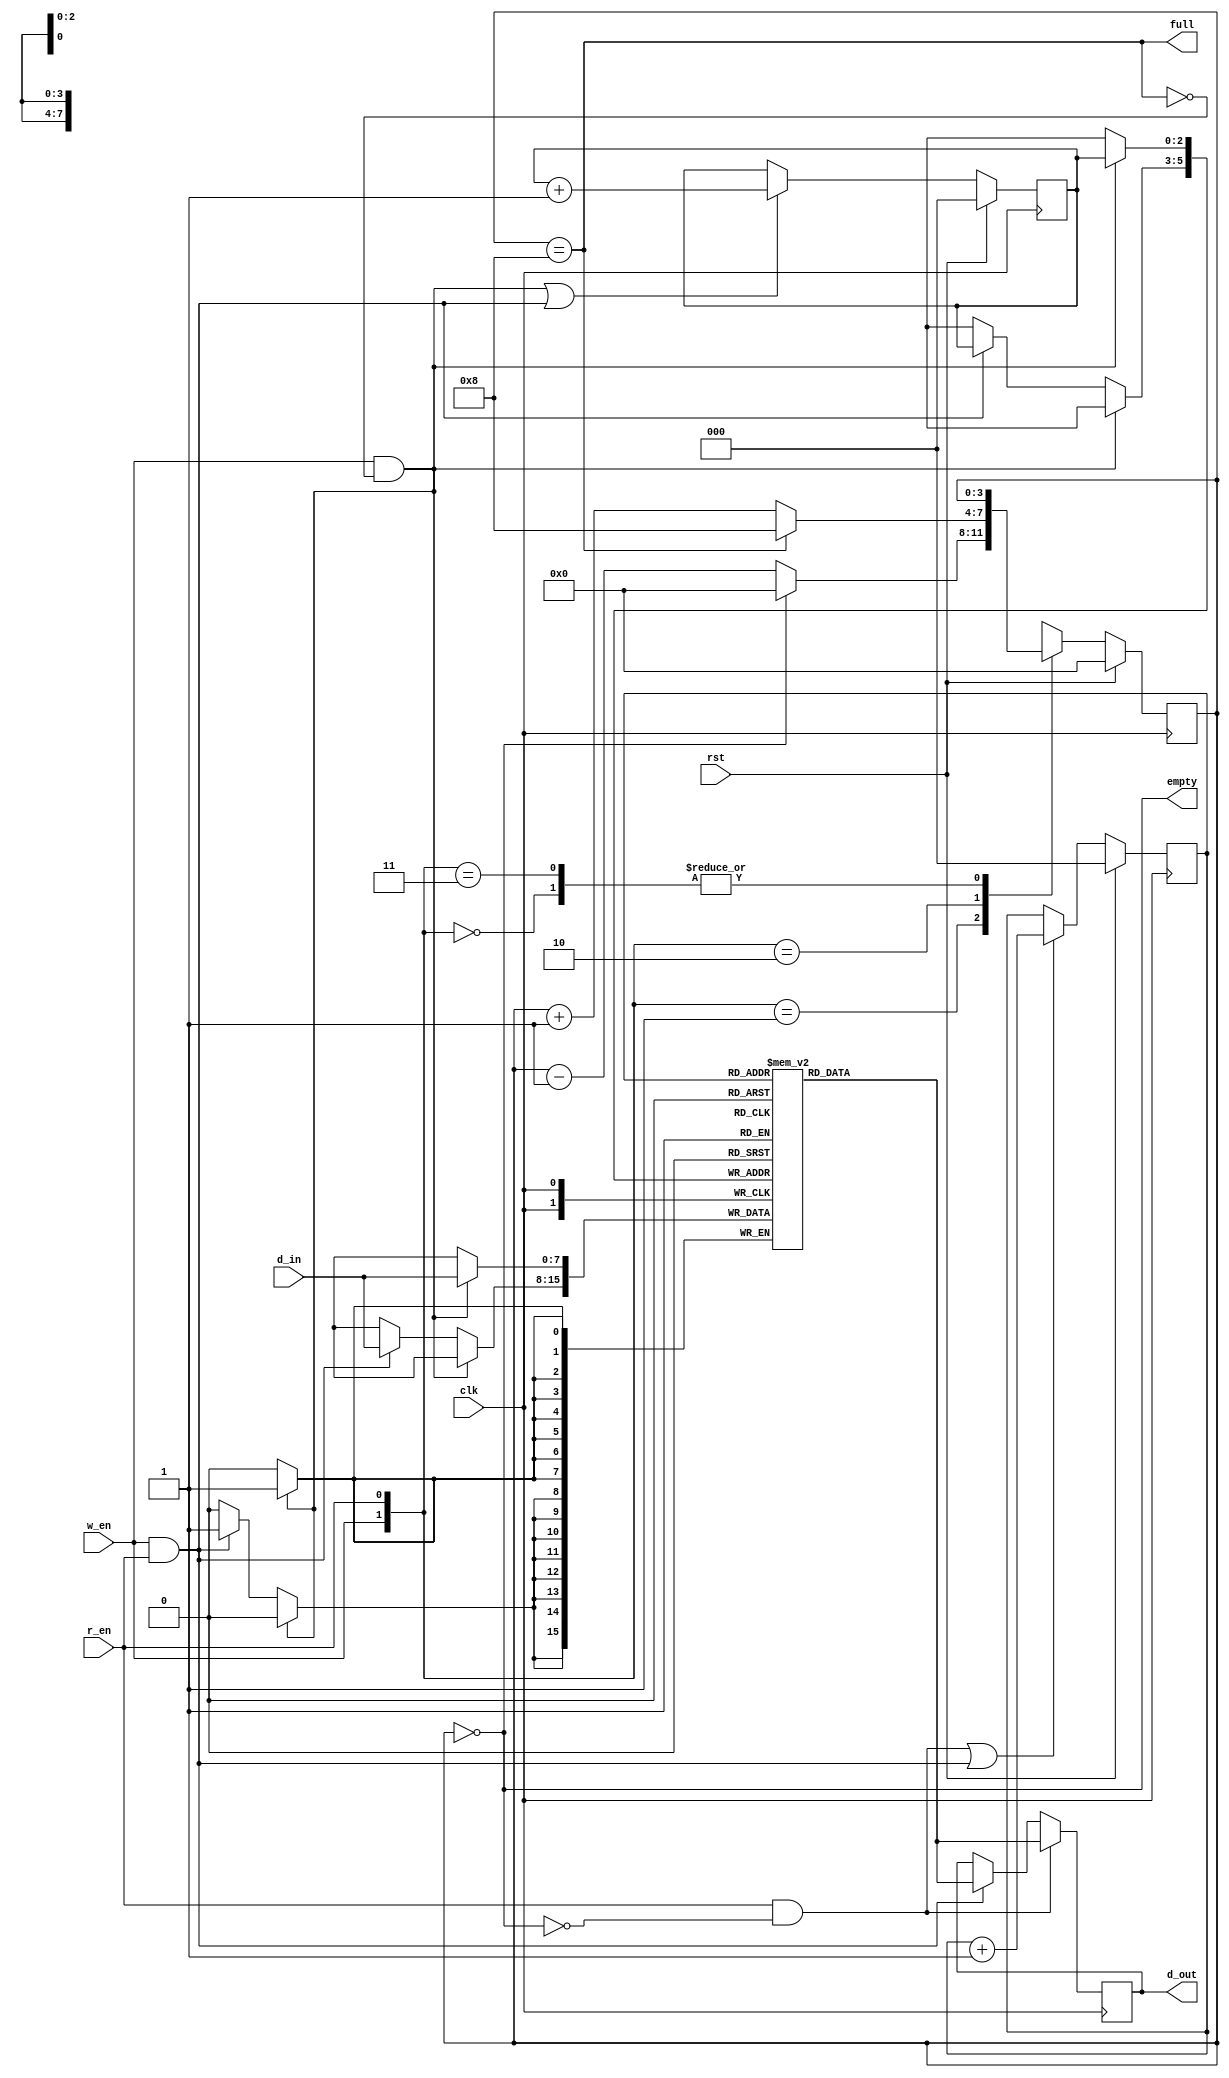
`timescale 1ns / 1ps
//////////////////////////////////////////////////////////////////////////////////
// Company: 
// Engineer: 
// 
// Design Name: 
// Module Name: FIFO
// Project Name: 
// Target Devices: 
// Tool Versions: 
// Description: 
// 
// Dependencies: 
// 
// Revision:
// Revision 0.01 - File Created
// Additional Comments:
// 
//////////////////////////////////////////////////////////////////////////////////


module FIFO#(parameter N=8)(rst, d_in, r_en, clk, w_en, empty, full, d_out);
input [7:0]d_in;
input r_en, w_en, clk, rst;
output  empty, full;
output reg [7:0]d_out;

reg [7:0]fifo[0:7];
reg [3:0]counter;
reg [2:0]read_ptr,write_ptr;

assign empty = (counter ==0);
assign full = (counter ==8);



always@(posedge clk)
begin
if(rst == 1'b1)
begin
read_ptr <=0;
write_ptr <=0;
end

else
begin
write_ptr <= (w_en && !full) || (w_en && r_en)?write_ptr+1:write_ptr;
read_ptr <= (r_en && !empty) || (w_en && r_en)?read_ptr+1:read_ptr;
end

if(w_en && !full)
begin
fifo[write_ptr] <=d_in;
end
else if(w_en && r_en)
fifo[write_ptr] <=d_in;

if(r_en && !empty)
d_out <=fifo[read_ptr];
else if(r_en && w_en)
d_out <=fifo[read_ptr];
end


always@(posedge clk) //counter to check the fifo status
begin
if(rst == 1'b1)
counter <= 0;

else
begin
case({w_en,r_en})
2'b00: counter <= counter;
2'b01: counter <= (counter==0)?0:counter-1;
2'b10: counter <= (counter==8)?8:counter+1;
2'b11: counter <= counter;
default: counter <= counter;
endcase
end

end



endmodule